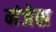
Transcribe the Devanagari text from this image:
मंजेस